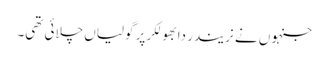
جنہوں نے نریندر دابھولکر پر گولیاں چلائی تھی۔